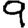
Digit: 9